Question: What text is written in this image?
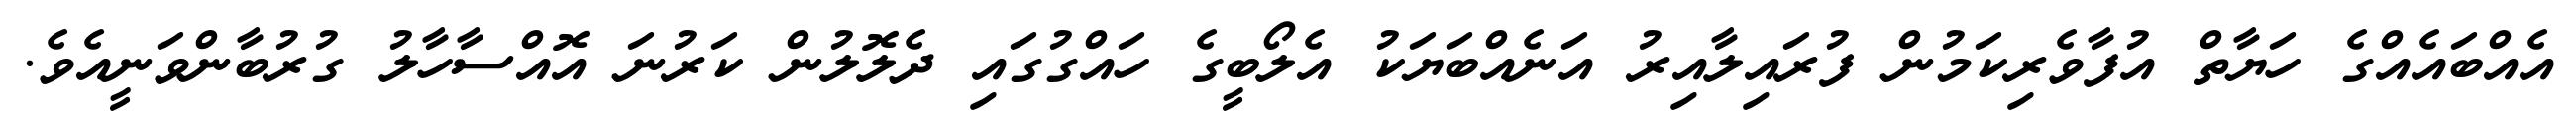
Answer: އެއްބައެއްގެ ހަޔާތް އުފާވެރިކަމުން ފުރައިލާއިރު އަނެއްބަޔަކު އެލޯބީގެ ހައްގުގައި ދެލޮލުން ކަރުނަ އޮއްސާހާލު ގުރުބާންވަނީއެވެ.